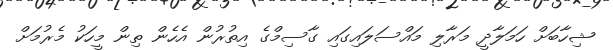
ޝިހާބަށް ހަމަލާދީ މަރާލި މައްސަލައިގައި ގާސިމްގެ އިތުރުން އެހެން ތިން މީހަކު މެރުމަށް